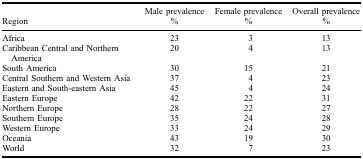
<table><thead><tr><td><b>Region</b></td><td><b>Male prevalence %</b></td><td><b>Female prevalence %</b></td><td><b>Overall prevalence %</b></td></tr></thead><tbody><tr><td>Africa</td><td>23</td><td>3</td><td>13</td></tr><tr><td>Caribbean Central and Northern America</td><td>20</td><td>4</td><td>13</td></tr><tr><td>South America</td><td>30</td><td>15</td><td>21</td></tr><tr><td>Central Southern and Western Asia</td><td>37</td><td>4</td><td>23</td></tr><tr><td>Eastern and South-eastern Asia</td><td>45</td><td>4</td><td>24</td></tr><tr><td>Eastern Europe</td><td>42</td><td>22</td><td>31</td></tr><tr><td>Northern Europe</td><td>28</td><td>22</td><td>27</td></tr><tr><td>Southern Europe</td><td>35</td><td>24</td><td>28</td></tr><tr><td>Western Europe</td><td>33</td><td>24</td><td>29</td></tr><tr><td>Oceania</td><td>43</td><td>19</td><td>30</td></tr><tr><td>World</td><td>32</td><td>7</td><td>23</td></tr></tbody></table>